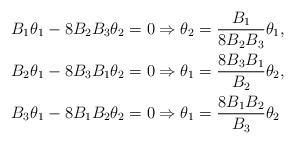
LaTeX: \begin{align*}B_1\theta_1-8B_2B_3\theta_2=0&\Rightarrow\theta_2=\frac{B_1}{8B_2B_3}\theta_1,\\B_2\theta_1-8B_3B_1\theta_2=0&\Rightarrow\theta_1=\frac{8B_3B_1}{B_2}\theta_2,\\B_3\theta_1-8B_1B_2\theta_2=0&\Rightarrow\theta_1=\frac{8B_1B_2}{B_3}\theta_2\end{align*}